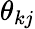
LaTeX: \theta_{kj}